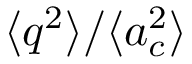
\langle \boldsymbol { q } ^ { 2 } \rangle / \langle \boldsymbol { a } _ { c } ^ { 2 } \rangle